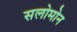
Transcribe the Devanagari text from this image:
सलोमोन